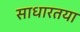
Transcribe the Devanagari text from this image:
साधारतया